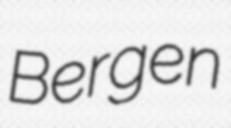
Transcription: Bergen